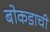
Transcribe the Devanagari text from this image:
बोकडाची